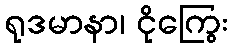
ရုဒမာနာ၊ ငိုကြွေး